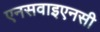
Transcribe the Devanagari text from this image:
एनसवाइएनसी